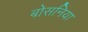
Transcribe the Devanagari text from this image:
बोसनिया